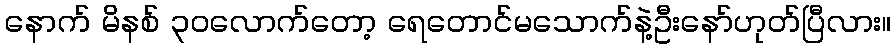
နောက် မိနစ် ၃၀လောက်တော့ ရေတောင်မသောက်နဲ့ဦးနော်ဟုတ်ပြီလား။